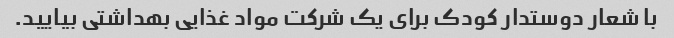
با شعار دوستدار کودک برای یک شرکت مواد غذایی بهداشتی بیایید.